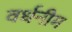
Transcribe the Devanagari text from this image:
वर्धनीम